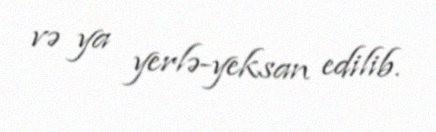
və ya yerlə-yeksan edilib.